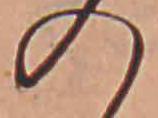
の